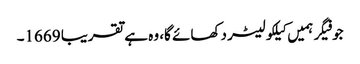
جو فیگر ہمیں کیلکولیٹر دکھائے گا، وہ ہے تقریبا 1669۔